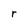
Character: r